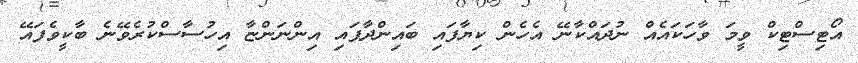
އޯޓިސްޓިކް ވީމަ ވާހަކައެއް ނުދައްކާނޭ އެހެން ކިޔާފައި ބައިންދާފައި އިންނަންޏާ އިހުސާސްކުރެވޭނެ ބާކީވެފައޭ